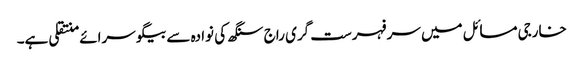
خارجی مسائل میں سر فہرست گری راج سنگھ کی نوادہ سے بیگو سرائے منتقلی ہے۔